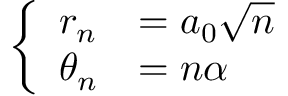
\begin{array} { r } { \left\{ \begin{array} { l l } { r _ { n } } & { = a _ { 0 } \sqrt { n } } \\ { \theta _ { n } } & { = n \alpha } \end{array} \right. } \end{array}